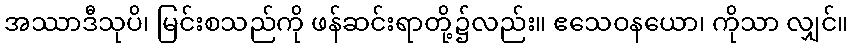
အဿာဒီသုပိ၊ မြင်းစသည်ကို ဖန်ဆင်းရာတို့၌လည်း။ ဧသေဝနယော၊ ကိုသာ လျှင်။